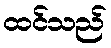
ထင်သည်